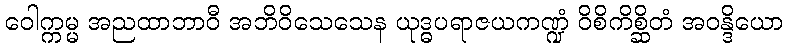
ဝေါက္ကမ္မ အညထာဘာဝီ အဘိဝိသေသေန ယုဒ္ဓပရာဇယကဏ္ဍံ ဝိစိကိစ္ဆိတံ အဝန္ဒိယော